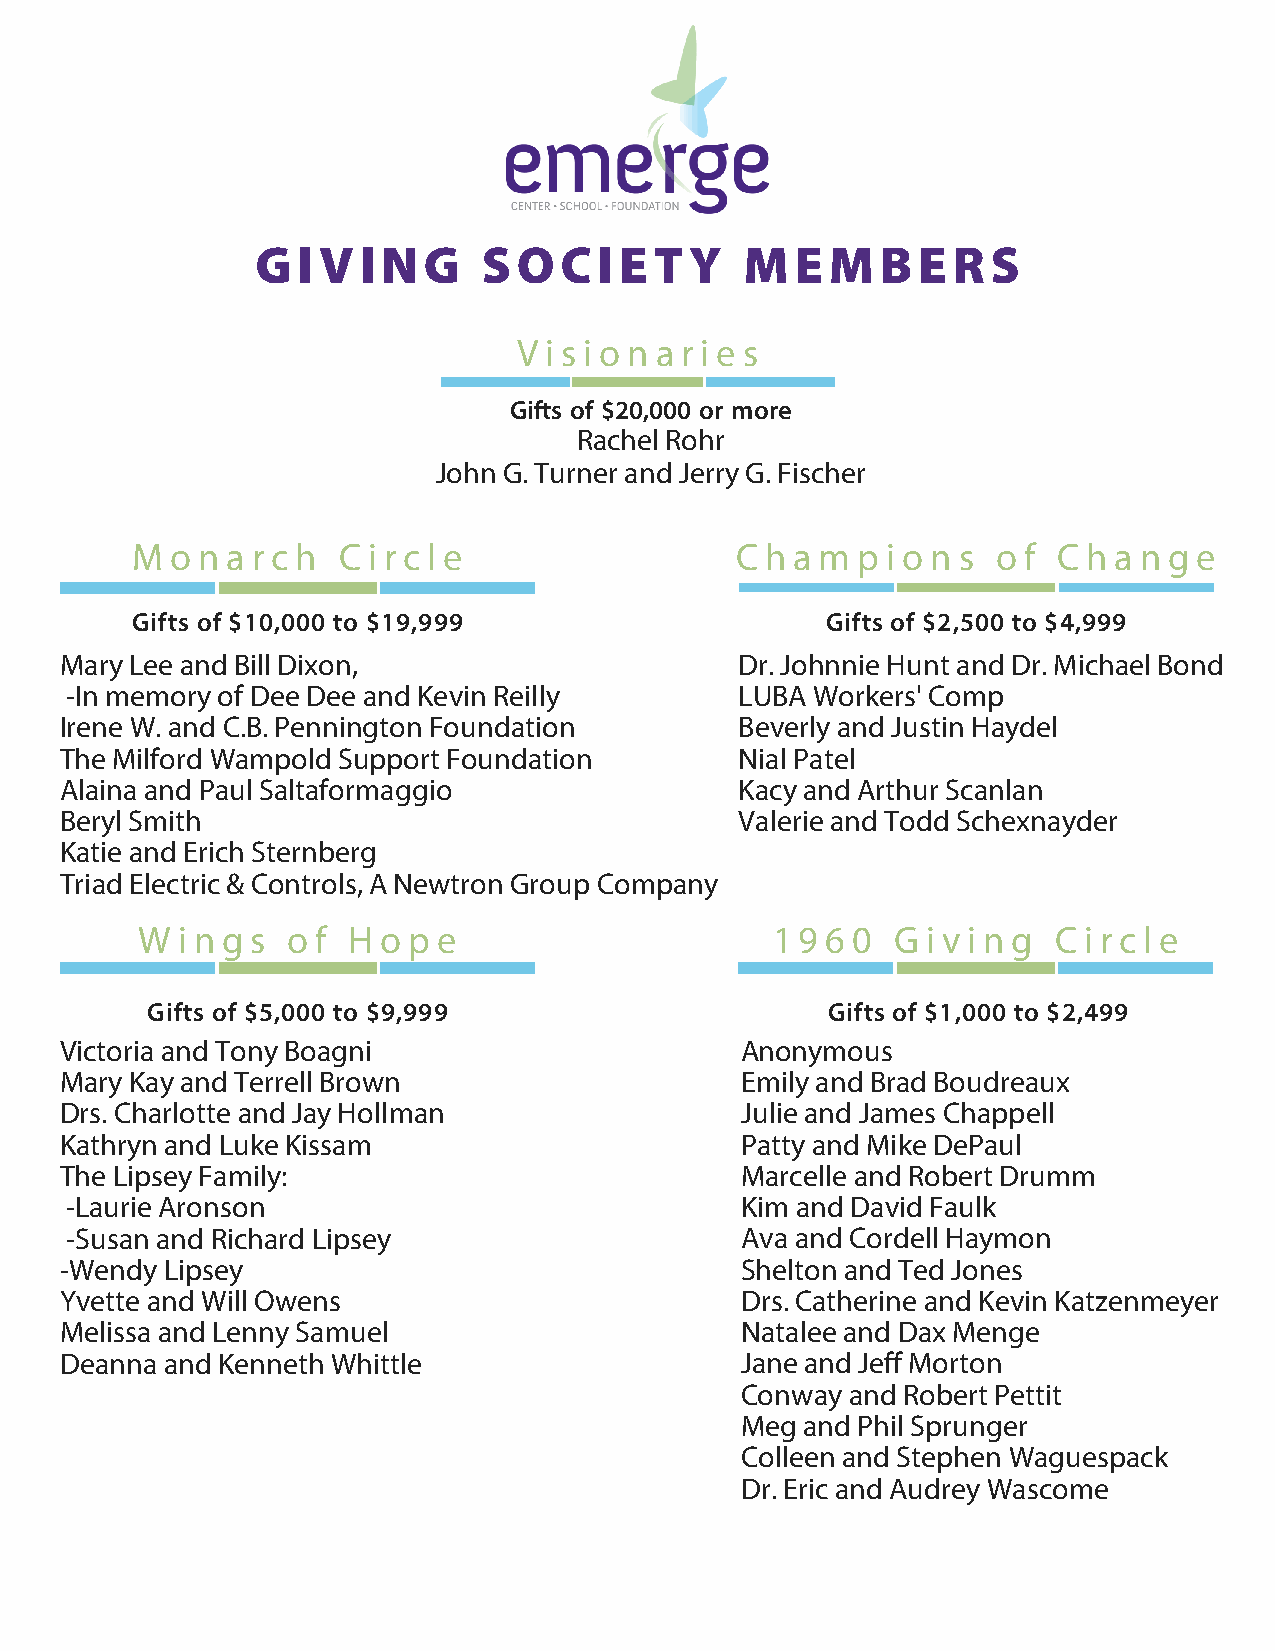
GIVING         SOCIETY          MEMBERS
 V i s i o n a r i e s
 Gifts of $20,000 or more
 Rachel Rohr
 John G. Turner and Jerry G. Fischer
 M o n a r c h C i r c l e               C h a m p i o n s o f C h a n g e
 Gifts of $10,000 to $19,999                   Gifts of $2,500 to $4,999
 Mary Lee and Bill Dixon,                     Dr. Johnnie Hunt and Dr. Michael Bond
 -In memory of Dee Dee and Kevin Reilly       LUBA Workers' Comp
 Irene W. and C.B. Pennington Foundation      Beverly and Justin Haydel
 The Milford Wampold Support Foundation       Nial Patel
 Alaina and Paul Saltaformaggio               Kacy and Arthur Scanlan
 Beryl Smith                                  Valerie and Todd Schexnayder
 Katie and Erich Sternberg
 Triad Electric & Controls, A Newtron Group Company
 W  i n g s o f H o p e                    1 9 6 0 G i v i n g C i r c l e
 Gifts of $5,000 to $9,999                    Gifts of $1,000 to $2,499
 Victoria and Tony Boagni                     Anonymous
 Mary Kay and Terrell Brown                   Emily and Brad Boudreaux
 Drs. Charlotte and Jay Hollman               Julie and James Chappell
 Kathryn and Luke Kissam                      Patty and Mike DePaul
 The Lipsey Family:                           Marcelle and Robert Drumm
 -Laurie Aronson                              Kim and David Faulk
 -Susan and Richard Lipsey                    Ava and Cordell Haymon
 -Wendy Lipsey                                Shelton and Ted Jones
 Yvette and Will Owens                        Drs. Catherine and Kevin Katzenmeyer
 Melissa and Lenny Samuel                     Natalee and Dax Menge
 Deanna and Kenneth Whittle                   Jane and Jeff Morton
 Conway and Robert Pettit
 Meg and Phil Sprunger
 Colleen and Stephen Waguespack
 Dr. Eric and Audrey Wascome